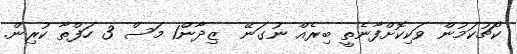
ކޯޗުކަމުން ވަކިކޮށްފާނެތީ ބިރެއް ނުގަނޭ  ޒިދާން1 މަސް 3 ހަފްތާ ކުރިން.